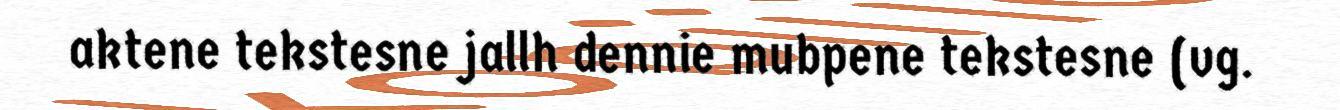
aktene tekstesne jallh dennie mubpene tekstesne (vg.